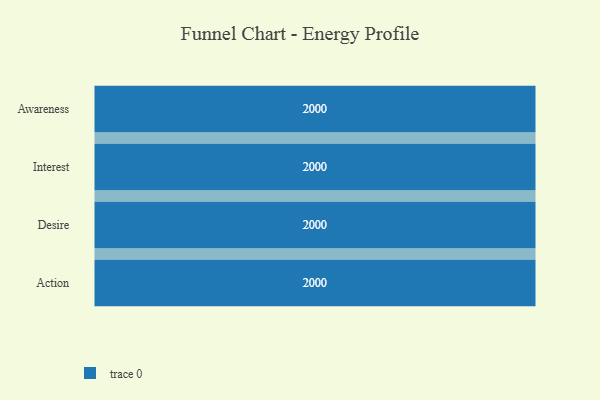
{"axis": {"x": "Stage", "y": "Value"}, "legend": [""], "data": [{"x": "Awareness", "y": 2000, "type": ""}, {"x": "Interest", "y": 2000, "type": ""}, {"x": "Desire", "y": 2000, "type": ""}, {"x": "Action", "y": 2000, "type": ""}]}